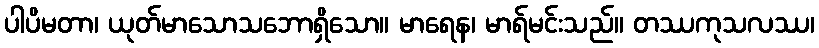
ပါပိမတာ၊ ယုတ်မာသောသဘောရှိသော။ မာရေန၊ မာရ်မင်းသည်။ တဿကုသလဿ၊